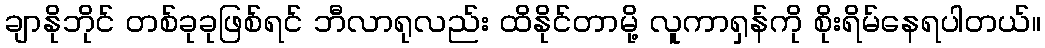
ချာနိုဘိုင် တစ်ခုခုဖြစ်ရင် ဘီလာရုလည်း ထိနိုင်တာမို့ လူကာရှန်ကို စိုးရိမ်နေရပါတယ်။